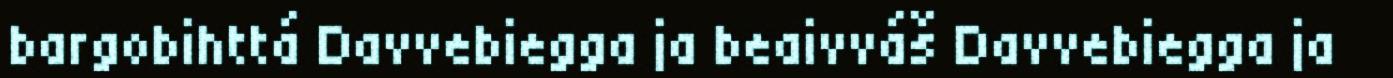
bargobihttá Davvebiegga ja beaivváš Davvebiegga ja